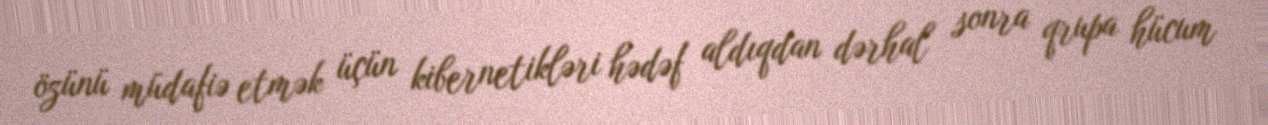
özünü müdafiə etmək üçün kibernetikləri hədəf aldıqdan dərhal sonra qrupa hücum